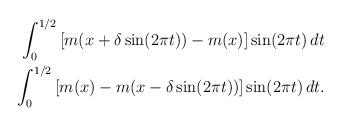
LaTeX: \begin{align*}\begin{aligned} \int_{0}^{1/2}\left[m(x +\delta\sin(2\pi t))- m(x)\right]\sin(2\pi t)\,dt \\ \int_{0}^{1/2}\left[m(x)-m( x-\delta\sin(2\pi t)) \right]\sin(2\pi t)\,dt.\end{aligned}\end{align*}